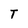
Character: T